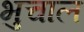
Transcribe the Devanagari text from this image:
भुचाल